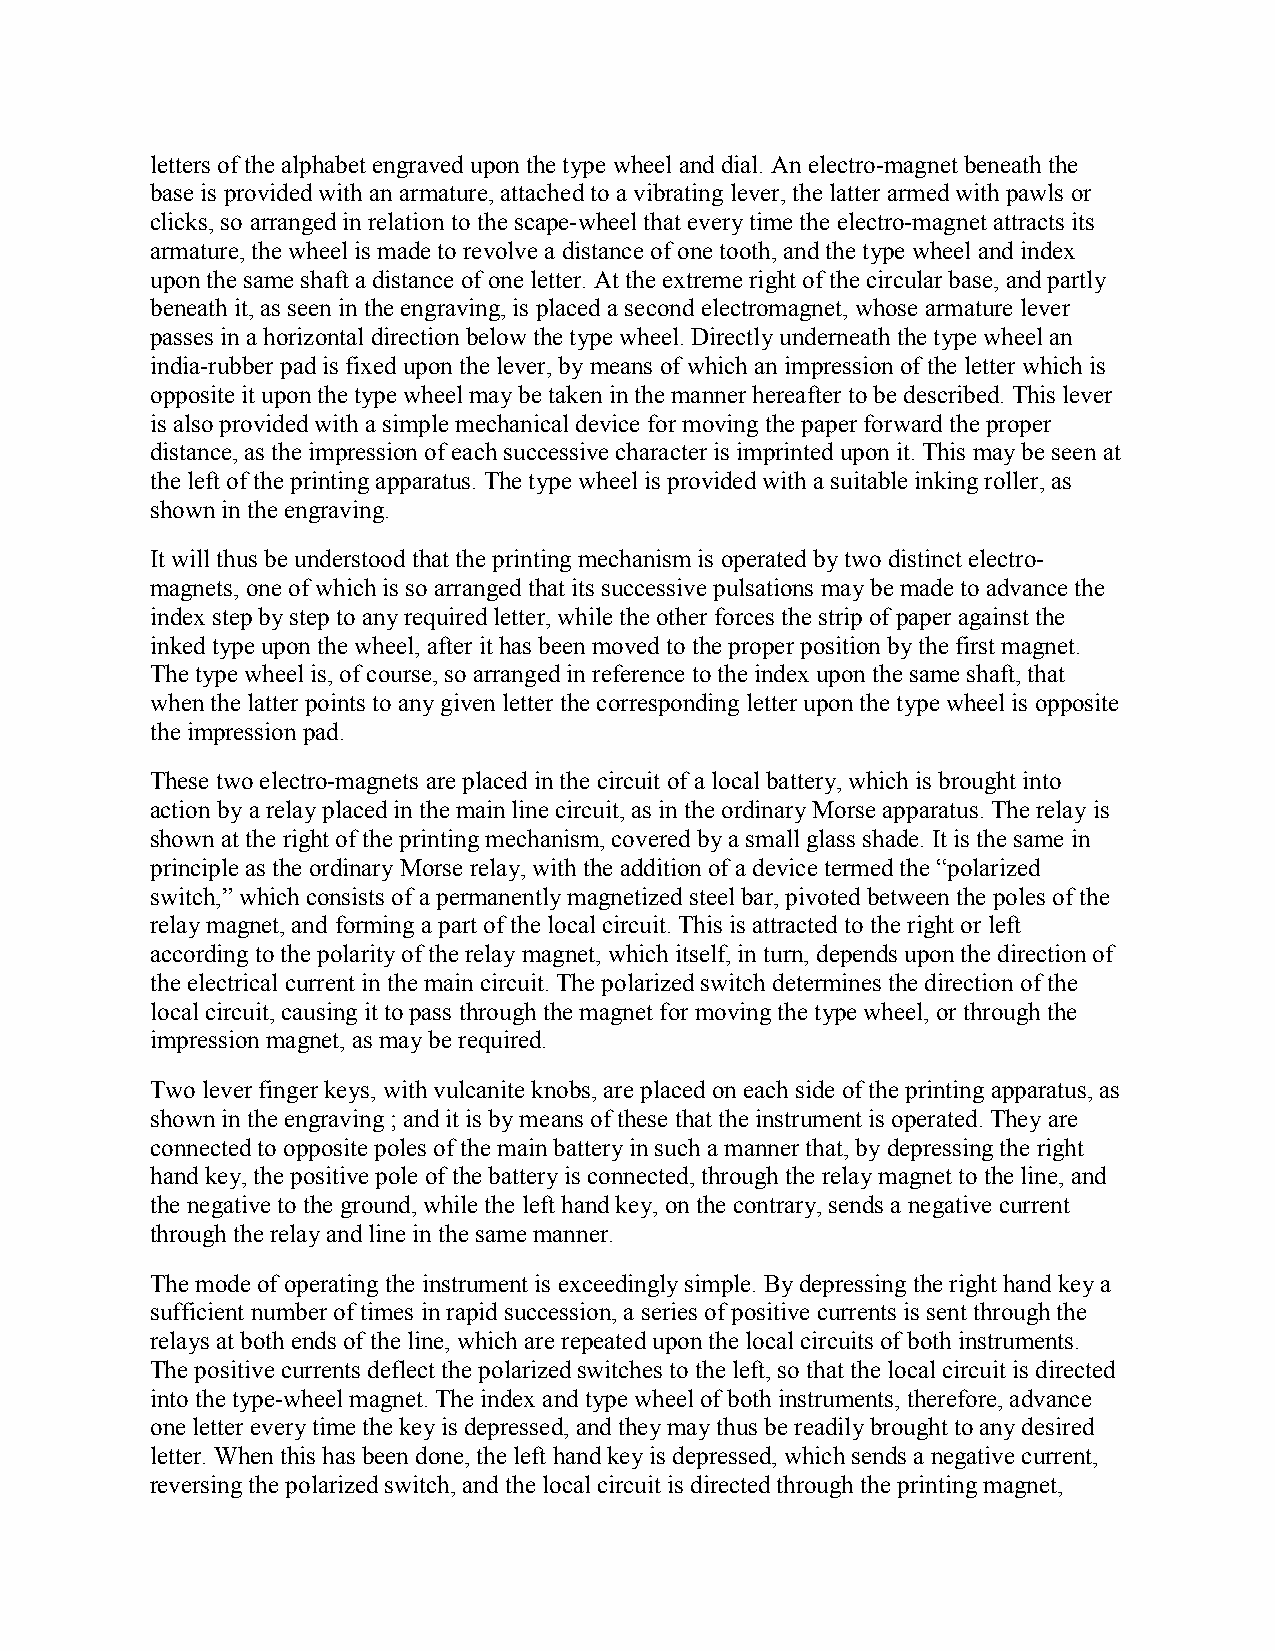
letters of the alphabet engraved upon the type wheel and dial. An electro-magnet beneath the
 base is provided with an armature, attached to a vibrating lever, the latter armed with pawls or
 clicks, so arranged in relation to the scape-wheel that every time the electro-magnet attracts its
 armature, the wheel is made to revolve a distance of one tooth, and the type wheel and index
 upon the same shaft a distance of one letter. At the extreme right of the circular base, and partly
 beneath it, as seen in the engraving, is placed a second electromagnet, whose armature lever
 passes in a horizontal direction below the type wheel. Directly underneath the type wheel an
 india-rubber pad is fixed upon the lever, by means of which an impression of the letter which is
 opposite it upon the type wheel may be taken in the manner hereafter to be described. This lever
 is also provided with a simple mechanical device for moving the paper forward the proper
 distance, as the impression of each successive character is imprinted upon it. This may be seen at
 the left of the printing apparatus. The type wheel is provided with a suitable inking roller, as
 shown in the engraving.
 It will thus be understood that the printing mechanism is operated by two distinct electro-
 magnets, one of which is so arranged that its successive pulsations may be made to advance the
 index step by step to any required letter, while the other forces the strip of paper against the
 inked type upon the wheel, after it has been moved to the proper position by the first magnet.
 The type wheel is, of course, so arranged in reference to the index upon the same shaft, that
 when the latter points to any given letter the corresponding letter upon the type wheel is opposite
 the impression pad.
 These two electro-magnets are placed in the circuit of a local battery, which is brought into
 action by a relay placed in the main line circuit, as in the ordinary Morse apparatus. The relay is
 shown at the right of the printing mechanism, covered by a small glass shade. It is the same in
 principle as the ordinary Morse relay, with the addition of a device termed the “polarized
 switch,” which consists of a permanently magnetized steel bar, pivoted between the poles of the
 relay magnet, and forming a part of the local circuit. This is attracted to the right or left
 according to the polarity of the relay magnet, which itself, in turn, depends upon the direction of
 the electrical current in the main circuit. The polarized switch determines the direction of the
 local circuit, causing it to pass through the magnet for moving the type wheel, or through the
 impression magnet, as may be required.
 Two lever finger keys, with vulcanite knobs, are placed on each side of the printing apparatus, as
 shown in the engraving ; and it is by means of these that the instrument is operated. They are
 connected to opposite poles of the main battery in such a manner that, by depressing the right
 hand key, the positive pole of the battery is connected, through the relay magnet to the line, and
 the negative to the ground, while the left hand key, on the contrary, sends a negative current
 through the relay and line in the same manner.
 The mode of operating the instrument is exceedingly simple. By depressing the right hand key a
 sufficient number of times in rapid succession, a series of positive currents is sent through the
 relays at both ends of the line, which are repeated upon the local circuits of both instruments.
 The positive currents deflect the polarized switches to the left, so that the local circuit is directed
 into the type-wheel magnet. The index and type wheel of both instruments, therefore, advance
 one letter every time the key is depressed, and they may thus be readily brought to any desired
 letter. When this has been done, the left hand key is depressed, which sends a negative current,
 reversing the polarized switch, and the local circuit is directed through the printing magnet,